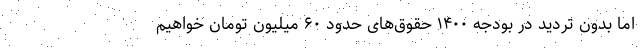
اما بدون تردید در بودجه ۱۴۰۰ حقوق‌های حدود ۶۰ میلیون تومان خواهیم